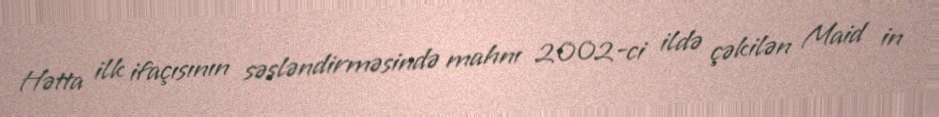
Hətta ilk ifaçısının səsləndirməsində mahnı 2002-ci ildə çəkilən Maid in